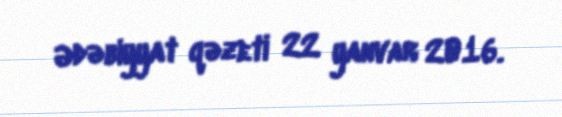
Ədəbiyyat qəzeti 22 yanvar 2016.